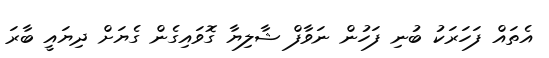
އެތައް ފަހަރަކު ބުނި ފަހުން ނަވާފް ޝާލިޔާ ގޮވައިގެން ގެޔަށް ދިޔައީ ބާރަ